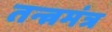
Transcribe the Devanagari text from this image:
तन्त्रमंत्र